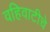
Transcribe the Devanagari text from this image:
वहिवाटीचे